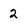
Character: 2